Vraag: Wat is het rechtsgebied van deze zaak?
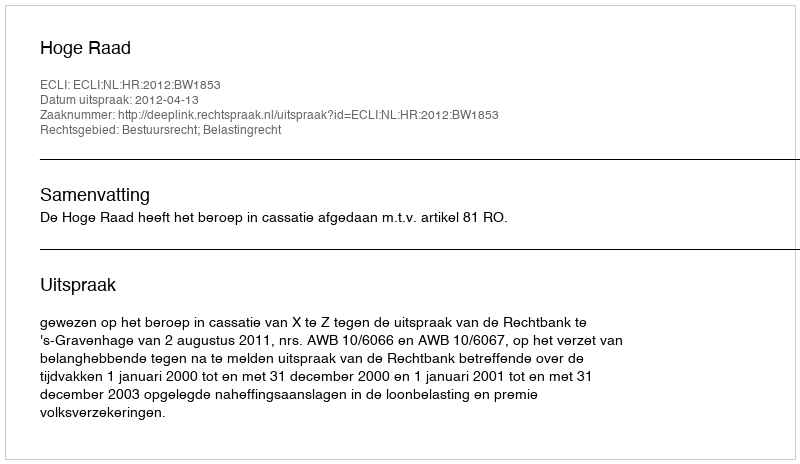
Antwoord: Bestuursrecht; Belastingrecht